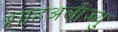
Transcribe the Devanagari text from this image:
शाहअलोज्यु